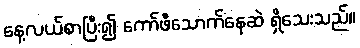
နေ့လယ်စာပြီး၍ ကော်ဖီသောက်နေဆဲ ရှိသေးသည်။